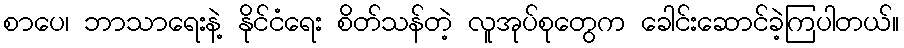
စာပေ၊ ဘာသာရေးနဲ့ နိုင်ငံရေး စိတ်သန်တဲ့ လူအုပ်စုတွေက ခေါင်းဆောင်ခဲ့ကြပါတယ်။